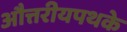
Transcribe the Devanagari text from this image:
औत्तरीयपथके